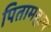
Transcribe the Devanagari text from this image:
पितामहान